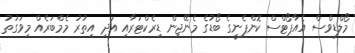
މޯލްޑިވްސް އެއާޕޯޓްސް ކޮންޕެނީގެ ބޯޑުގެ މެނޭޖިން ޑިރެކްޓަރާއި އަދި އިތުރު މެމްބަރެއް މިވަގުތު